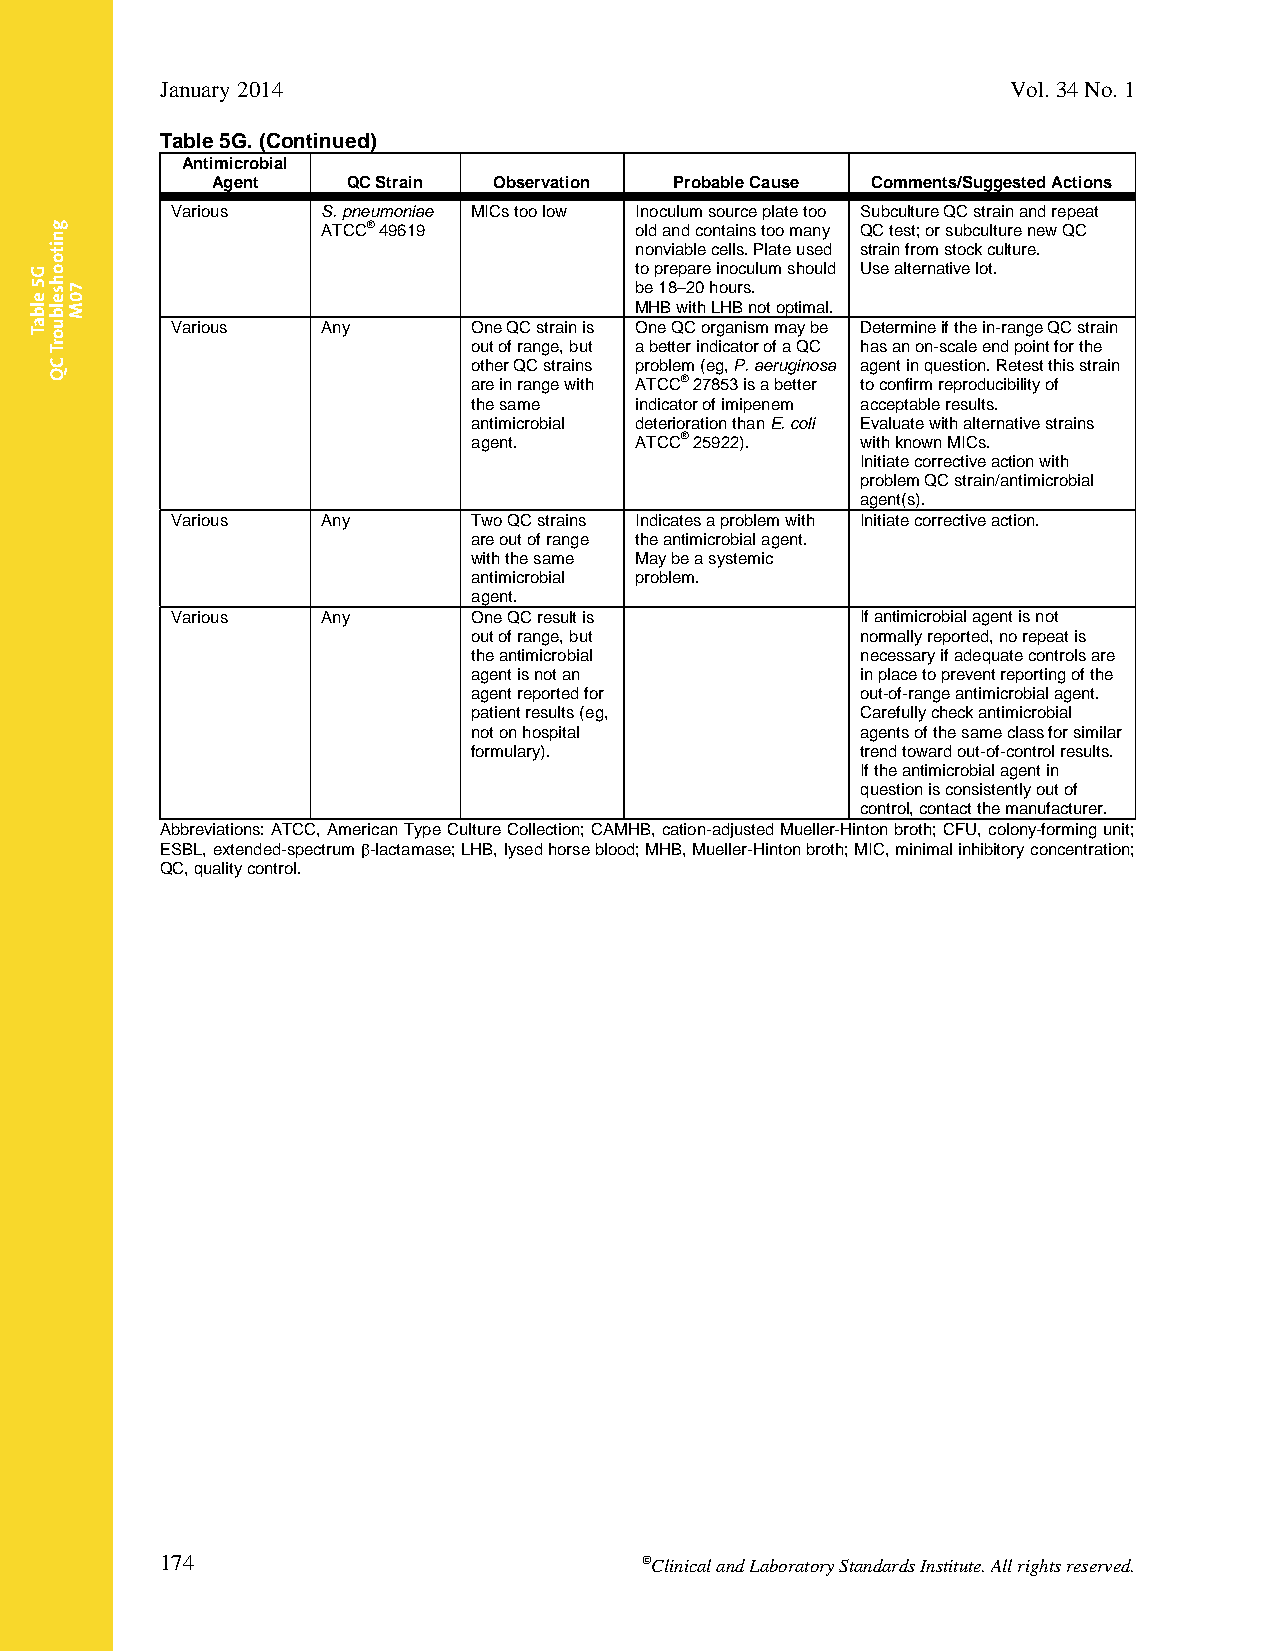
January 2014                                            Vol. 34 No. 1
 Table 5G. (Continued)
 Antimicrobial
 Agent    QC Strain Observation Probable Cause Comments/Suggested Actions
 Various   S. pneumoniae MICs too low Inoculum source plate too Subculture QC strain and repeat
 ATCC® 49619          old and contains too many QC test; or subculture new QC
 nonviable cells. Plate used strain from stock culture.
 to prepare inoculum should Use alternative lot.
 be 18–20 hours.
 MHB with LHB not optimal.
 Various   Any       One QC strain is One QC organism may be Determine if the in-range QC strain
 out of range, but a better indicator of a QC has an on-scale end point for the
 other QC strains problem (eg, P. aeruginosa agent in question. Retest this strain
 are in range with ATCC® 27853 is a better to confirm reproducibility of
 the same   indicator of imipenem acceptable results.
 antimicrobial deterioration than E. coli Evaluate with alternative strains
 agent.     ATCC® 25922).  with known MICs.
 Initiate corrective action with
 problem QC strain/antimicrobial
 agent(s).
 Various   Any       Two QC strains Indicates a problem with Initiate corrective action.
 are out of range the antimicrobial agent.
 with the same May be a systemic
 antimicrobial problem.
 agent.
 Various   Any       One QC result is          If antimicrobial agent is not
 out of range, but         normally reported, no repeat is
 the antimicrobial         necessary if adequate controls are
 agent is not an           in place to prevent reporting of the
 agent reported for        out-of-range antimicrobial agent.
 patient results (eg,      Carefully check antimicrobial
 not on hospital           agents of the same class for similar
 formulary).               trend toward out-of-control results.
 If the antimicrobial agent in
 question is consistently out of
 control, contact the manufacturer.
 Abbreviations: ATCC, American Type Culture Collection; CAMHB, cation-adjusted Mueller-Hinton broth; CFU, colony-forming unit;
 ESBL, extended-spectrum -lactamase; LHB, lysed horse blood; MHB, Mueller-Hinton broth; MIC, minimal inhibitory concentration;
 QC, quality control.
 174                            Clinical and Laboratory Standards Institute. All rights reserved.
 Thisdocumentisprotectedbycopyright.
 PublishedOn1/1/2014.
 G5
 elbaT
 gnitoohselbuorT
 CQ
 70M